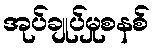
အုပ်ချုပ်မှုစနစ်